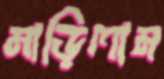
মাড়িলাম